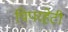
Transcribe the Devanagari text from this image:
पिपरहेटी